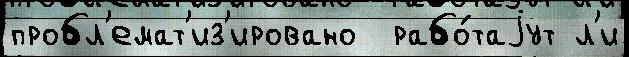
пробл'емат'из'ировано  рабо́таjут л'и